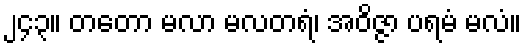
၂၄၃။ တတော မလာ မလတရံ၊ အဝိဇ္ဇာ ပရမံ မလံ။